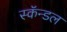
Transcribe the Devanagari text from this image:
स्कॅन्डल